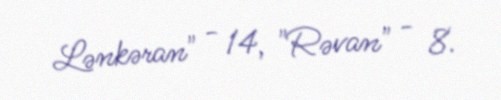
Lənkəran" - 14, "Rəvan" - 8.